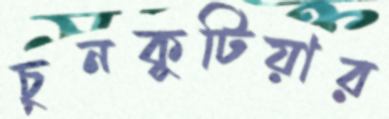
চুনকুটিয়ার